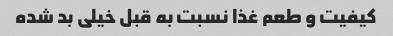
کیفیت و طعم غذا نسبت به قبل خیلی بد شده